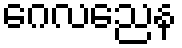
ဂေလညေန